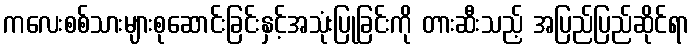
ကလေးစစ်သားများစုဆောင်းခြင်းနှင့်အသုံးပြုခြင်းကို တားဆီးသည့် အပြည်ပြည်ဆိုင်ရာ